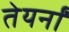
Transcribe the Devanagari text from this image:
तेयर्नों